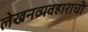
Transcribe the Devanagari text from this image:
लेखनव्यवहाराची